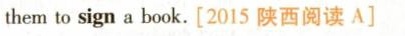
them to sign a book.[2015 陕西阅读 A]